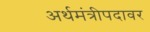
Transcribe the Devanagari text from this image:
अर्थमंत्रीपदावर